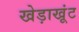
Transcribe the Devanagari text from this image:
खेड़ाखूंट